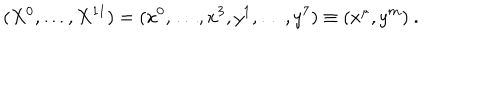
( X ^ { 0 } , \ldots , X ^ { 1 1 } ) = ( x ^ { 0 } , \ldots , x ^ { 3 } , y ^ { 1 } , \ldots , y ^ { 7 } ) \equiv ( x ^ { \mu } , y ^ { m } ) \ .